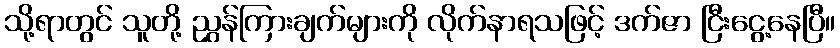
သို့ရာတွင် သူတို့ ညွှန်ကြားချက်များကို လိုက်နာရသဖြင့် ဒက်ဇာ ငြီးငွေ့နေပြီ။